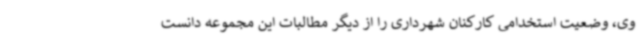
وی، وضعیت استخدامی کارکنان شهرداری را از دیگر مطالبات این مجموعه دانست